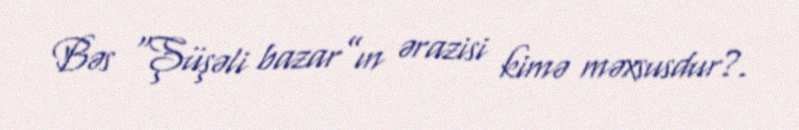
Bəs “Şüşəli bazar”ın ərazisi kimə məxsusdur?.